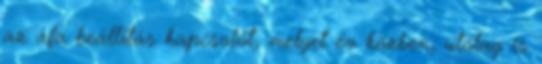
az áfa beállítás kapcsolót, melyet év közben, utólag is